Mental hospitals Bombay report 1929-33 - 1929-1933
Year: 1929
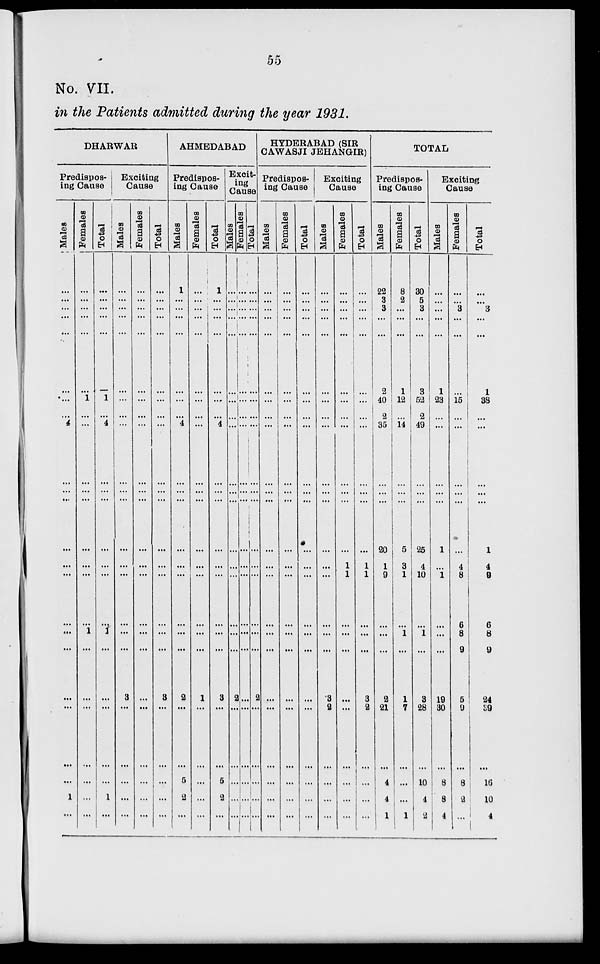
55
No. VII.
in the Patients admitted during the year 1931.
DHARWAR
Predispos-
ing Cause
Males
...
...
...
...
...
...
...
...
4
...
...
...
...
...
...
...
...
...
...
...
...
...
1
...
Females
...
...
...
...
...
...
1
...
...
...
...
...
...
...
...
...
1
...
...
...
...
...
...
...
Total
...
...
...
...
...
...
1
...
4
...
...
...
...
...
...
...
1
...
...
...
...
...
1
...
Exciting
Cause
Males
...
...
...
...
...
...
...
...
...
...
...
...
...
...
...
...
...
...
3
...
...
...
...
...
Females
...
...
...
...
...
...
...
...
...
...
...
...
...
...
...
...
...
...
...
...
...
...
...
...
Total
...
...
...
...
...
...
...
...
...
...
...
...
...
...
...
...
...
...
3
...
...
...
...
...
AHMEDABAD
Predispos-
ing Cause
Males
1
...
...
...
...
...
...
...
4
...
...
...
...
...
...
...
...
...
2
...
...
5
2
...
Females
...
...
...
...
...
...
...
...
...
...
...
...
...
...
...
...
...
...
1
...
...
...
...
...
Total
1
...
...
...
...
...
...
...
4
...
...
...
...
...
...
...
...
...
3
...
...
5
2
...
Excit-
ing
Cause
Males
...
...
...
...
...
...
...
...
...
...
...
...
...
...
...
...
...
...
2
...
...
...
...
...
Females
...
...
...
...
...
...
...
...
...
...
...
...
...
...
...
...
...
...
...
...
...
...
...
...
Total
...
...
...
...
...
...
...
...
...
...
...
...
...
...
...
...
...
...
2
...
...
...
...
...
HYDERABAD (SIR
CAWASJI JEHANGIR)
Predispos-
ing Cause
Males
...
...
...
...
...
...
...
...
...
...
...
...
...
...
...
...
...
...
...
...
...
...
...
...
Females
...
...
...
...
...
...
...
...
...
...
...
...
...
...
...
...
...
...
...
...
...
...
...
...
Total
...
...
...
...
...
...
...
...
...
...
...
...
...
...
...
...
...
...
...
...
...
...
...
...
Exciting
Cause
Males
...
...
...
...
...
...
...
...
...
...
...
...
...
...
...
...
...
...
3
2
...
...
...
...
Females
...
...
...
...
...
...
...
...
...
...
...
...
...
1
1
...
...
...
...
...
...
...
...
...
Total
...
...
...
...
...
...
...
...
...
...
...
...
...
1
1
...
...
...
3
2
...
...
...
...
TOTAL
Predispos-
ing Cause
Males
22
3
3
...
...
2
40
2
35
...
...
...
20
1
9
...
...
...
2
21
...
4
4
1
Females
8
2
...
...
...
1
12
...
14
...
...
...
5
3
1
...
1
...
1
7
...
...
...
1
Total
30
5
3
...
...
3
52
2
49
...
...
...
25
4
10
...
1
...
3
28
...
10
4
2
Exciting
Cause
Males
...
...
...
...
...
1
23
...
...
...
...
...
1
...
1
...
...
...
19
30
...
8
8
4
Females
...
...
3
...
...
...
15
...
...
...
...
...
...
4
8
6
8
9
5
9
...
8
2
...
Total
...
...
3
...
...
1
38
...
...
...
...
...
1
4
9
6
8
9
24
39
...
16
10
4